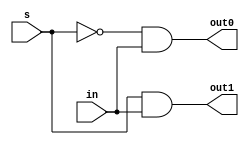
/* ------------------------------------------------------ *
 * Project     : Digital Clock                            *
 * Module      : demux_1_to_2                             *
 * ------------------------------------------------------ *
 * Last Edit   : 25/05/2021                               *
 * ------------------------------------------------------ *
 * Description : Creates a 1:2 DEMUX 			          *
 * ------------------------------------------------------ */


module demux_1_to_2 (output out0,
                     output out1,
                     input s,
                     input in);

wire s_bar;

not Gs (s_bar,s);

and G00 (out0, s_bar, in),
    G10 (out1, s,     in);


endmodule